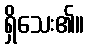
ရှိသေး၏။